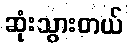
ဆုံးသွားတယ်